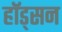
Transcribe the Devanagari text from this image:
हॉड्सन